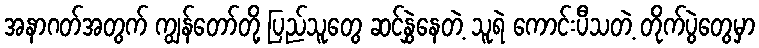
အနာဂတ်အတွက် ကျွန်တော်တို့ ပြည်သူတွေ ဆင်နွှဲနေတဲ့ သူရဲ ကောင်းပီသတဲ့ တိုက်ပွဲတွေမှာ